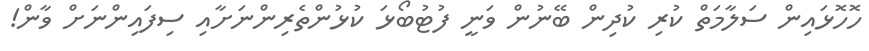
ހޮހޮޅައިން ސަލާމަތް ކުރި ކުދިން ބޭނުން ވަނީ ފުޓުބޯޅަ ކުޅުންތެރިންނަށާއި ސިފައިންނަށް ވާން!